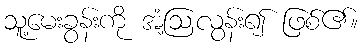
သူ့မေးခွန်းကို အံ့ဩလွန်း၍ ဖြစ်၏။